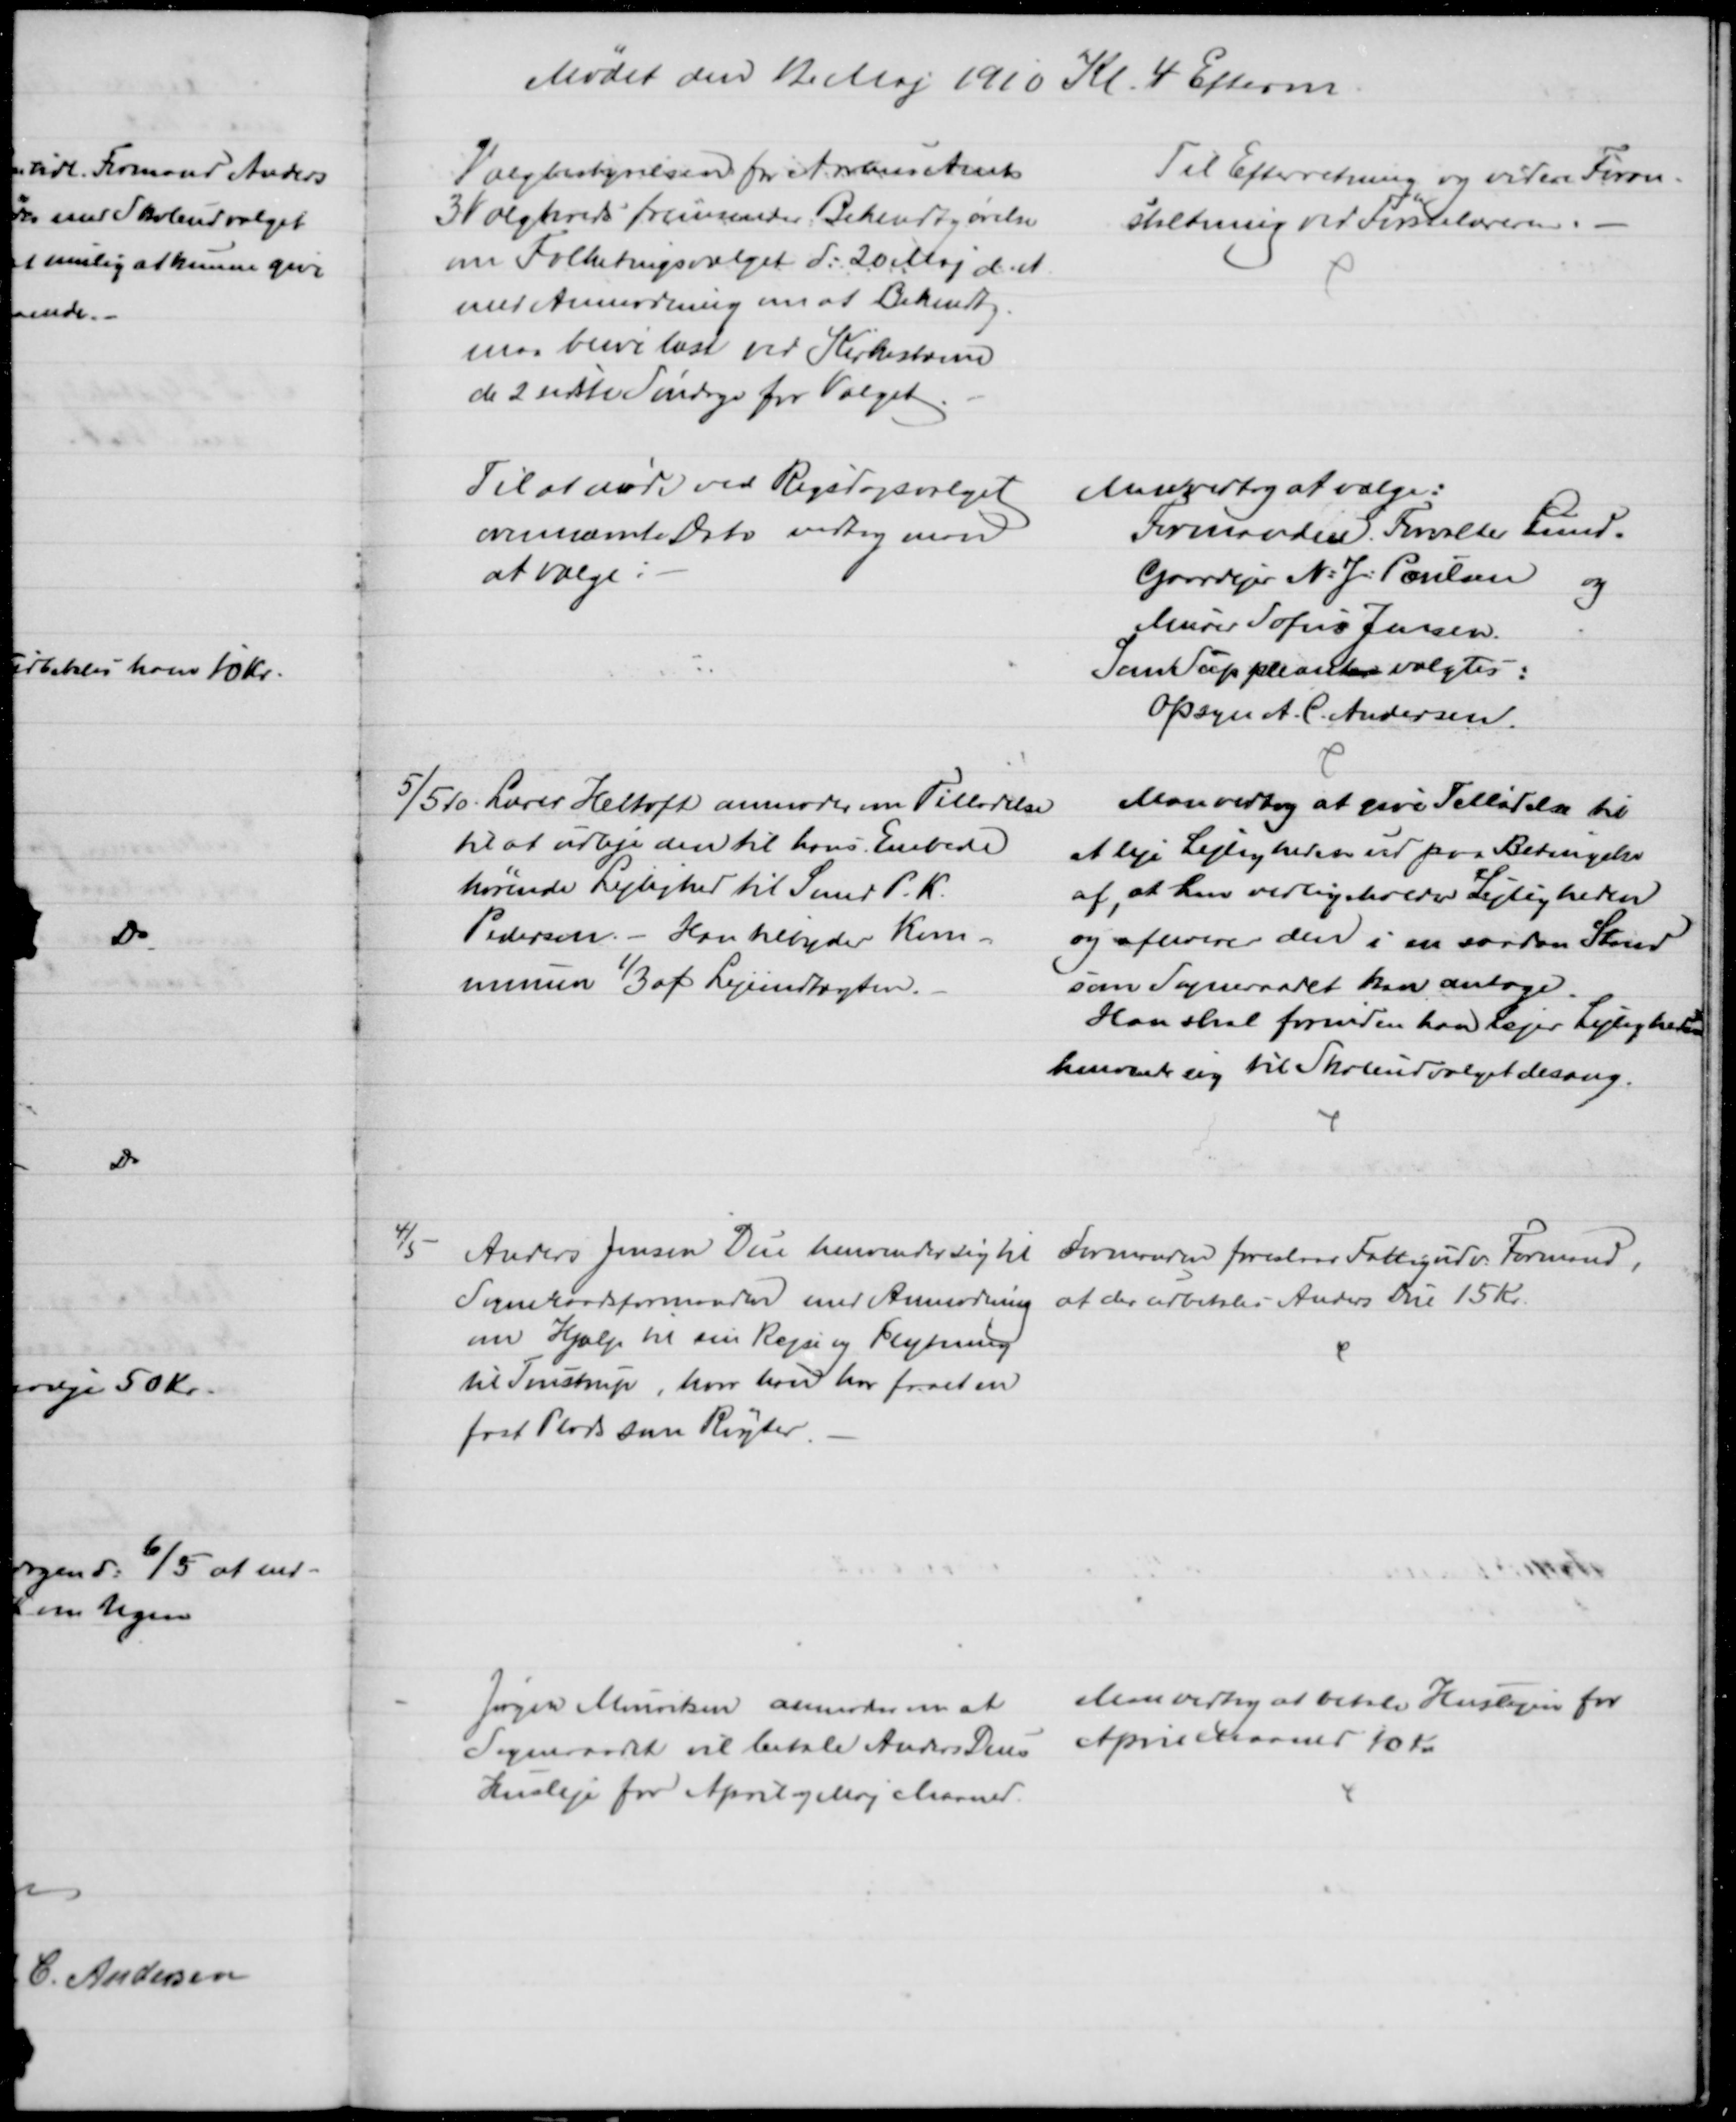
Transskription:
Mødet den 12 Maj 1910 Kl. 4 Efterm
Valgbestyrelsen for Aarhus Amt
3 Valgkreds fremsender Bekendtgørelse
om Folketingsvalget d. 20 Maj d. A.
med Anmodning om at Bekendtg.
maa blive læst ved Kirkestævne
de 2 sidste Søndage for Valget
Til Efterretning og videre Foran=
staltning ved Førstelæreren.
Til at møde ved Rigsdagsvalget
ovennævnte Dato vedtog man
at vælge:
Man vedtog at vælge:
Formanden. Forvalter Lund.
Gaardejer N: J: Poulsen
og
Murer Sofus Jensen.
Som Suppleanter valgtes:
Opsyn A. C. Andersen
5/5 10. Lærer Heltoft anmoder om Tilladelse
til at udleje den til hans Embede
hørende Lejlighed til Smed P. K. 
Pedersen. - Han tilbyder Kom-
munen 1/3 af Lejeindtægten.
Man vedtog at give Tilladelse til
at leje Lejligheden ud paa Betingelse
af, at han vedligeholder Lejligheden
og afleverer den i en saadan Stand
som Sogneraadet kan antage.
Han skal forinden han lejer Lejligheden
henvende sig til Skoleudvalget desang.
4/5
Anders Jensen Due henvender sig til
Sogneraadsformanden med Anmodning
om Hjælp til sin Rejse og Flytning
til Trustrup, hvor han har faaet en
fast Plads som Røgter.
Formanden foreslaar Fattigudv. Formand,
at der udbetales Anders Due 15 Kr.
Jørgen Mouritsen anmoder om at
Sogneraadet vil betale Anders Dues
Husleje for April og Maj Maaned.
Man vedtog at betale Huslejen for
April Maaned 10 Kr